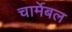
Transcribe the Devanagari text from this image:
चार्मेबल